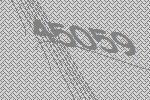
45059